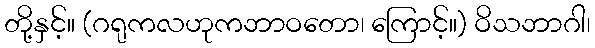
တို့နှင့်။ (ဂရုကလဟုကဘာဝတော၊ ကြောင့်။) ဝိသဘာဂါ၊